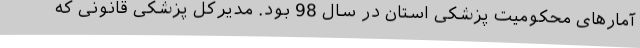
آمارهای محکومیت پزشکی استان در سال 98 بود. مدیرکل پزشکی قانونی که